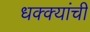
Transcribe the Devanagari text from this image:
धक्क्यांची